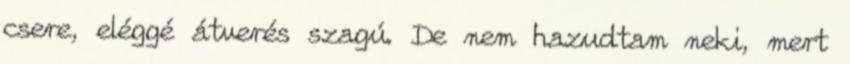
csere, eléggé átverés szagú. De nem hazudtam neki, mert